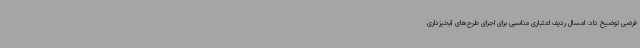
فرضی توضیح داد: امسال ردیف اعتباری مناسبی برای اجرای طرح‌های آبخیزداری